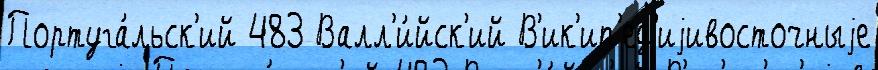
Португа́льск'ий 483 Валл'и́йск'ий В'ик'ип'ед'иjивосточныjе